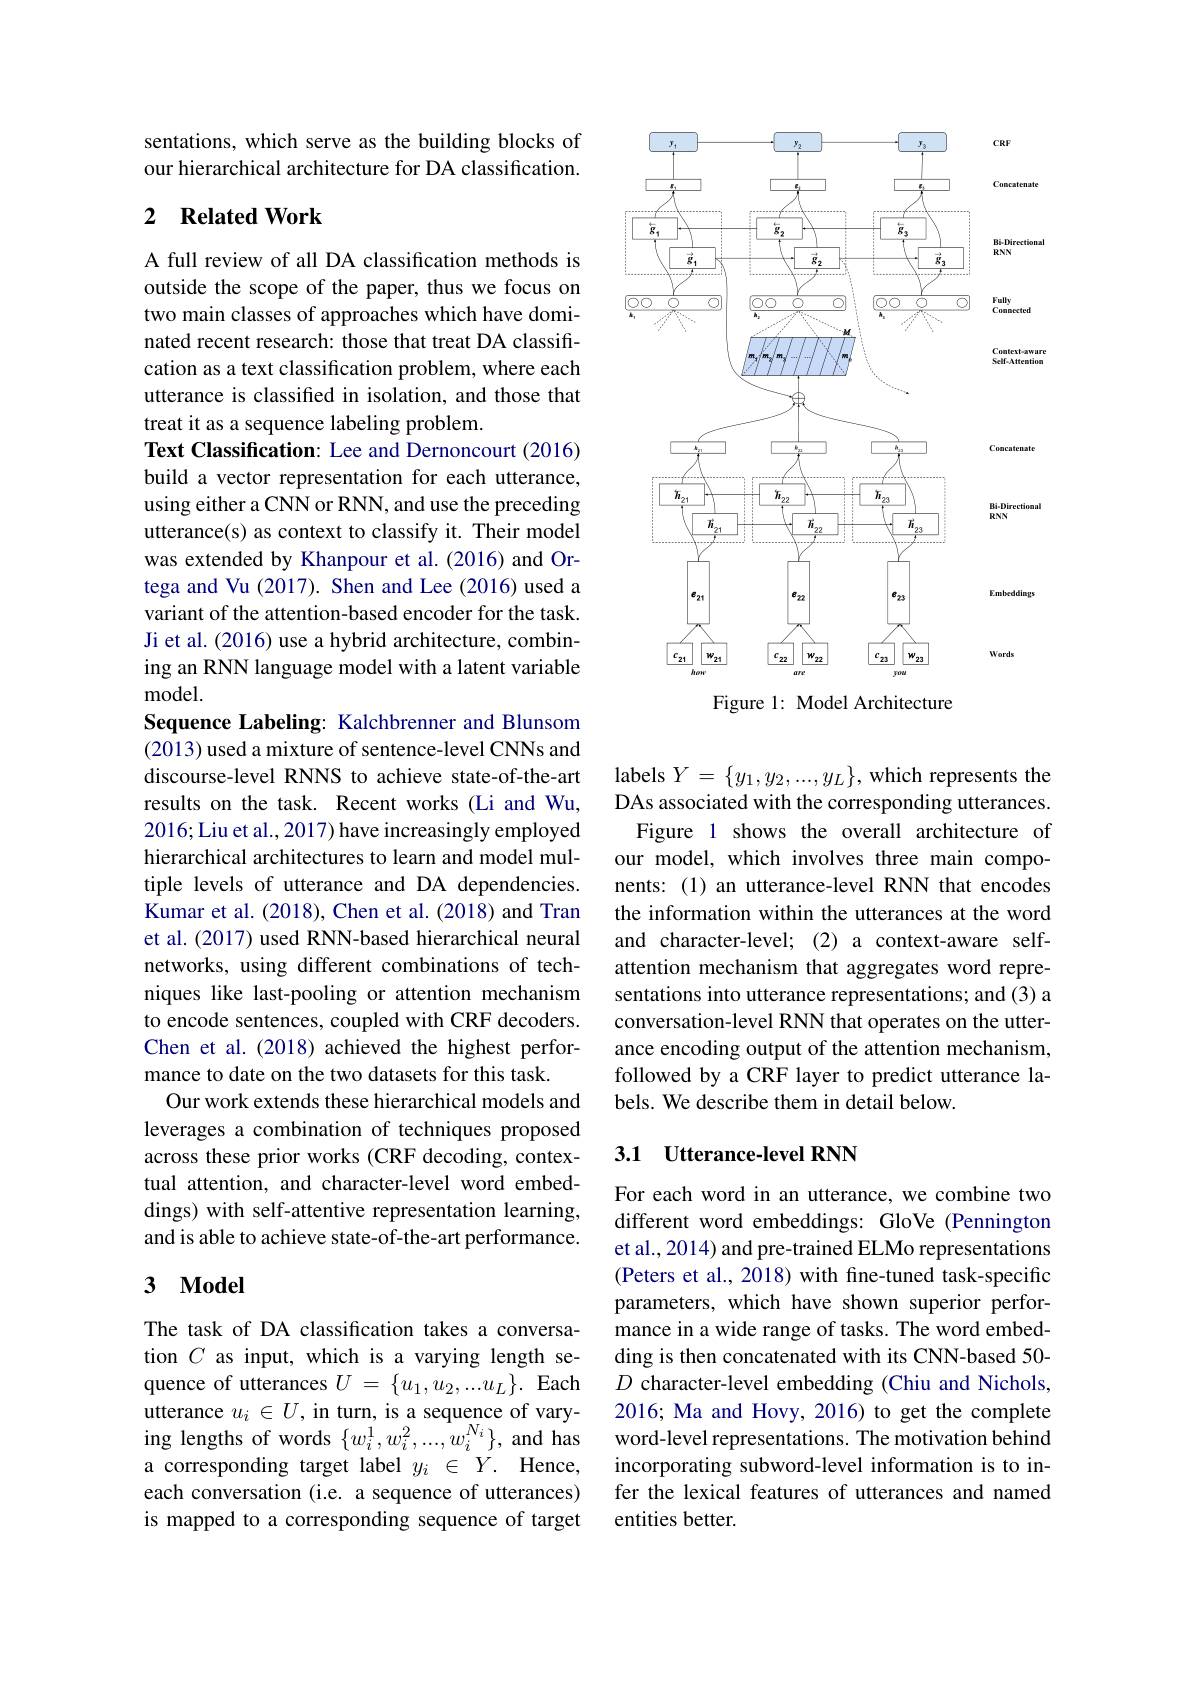
<FigureHere>
Figure 1: Model Architecture

sentations, which serve as the building blocks of our hierarchical architecture for DA classification.

# 2 Related Work

A full review of all DA classification methods is outside the scope of the paper, thus we focus on two main classes of approaches which have dominated recent research: those that treat DA classification as a text classification problem, where each utterance is classified in isolation, and those that treat it as a sequence labeling problem.
Text Classification: Lee and Dernoncourt (2016) build a vector representation for each utterance, using either a CNN or RNN, and use the preceding utterance(s) as context to classify it. Their model was extended by Khanpour et al.(2016) and Ortega and Vu (2017). Shen and Lee (2016) used a variant of the attention-based encoder for the task. Ji et al. (2016) use a hybrid architecture, combining an RNN language model with a latent variable ${\mathrm{model}}.$
Sequence Labeling: Kalchbrenner and Blunsom (2013) used a mixture of sentence-level CNNs and discourse-level RNNS to achieve state-of-the-art results on the task. Recent works (Li and Wu, 2016; Liu et al., 2017) have increasingly employed hierarchical architectures to learn and model multiple levels of utterance and DA dependencies. Kumar et al. (2018), Chen et al. (2018) and Tran et al. (2017) used RNN-based hierarchical neural networks, using different combinations of techniques like last-pooling or attention mechanism to encode sentences, coupled with CRF decoders. Chen et al. (2018) achieved the highest performance to date on the two datasets for this task.
Our work extends these hierarchical models and leverages a combination of techniques proposed across these prior works (CRF decoding, contextual attention, and character-level word embeddings) with self-attentive representation learning, and is able to achieve state-of-the-art performance.

## 3 $\mathbf{Model}$

The task of DA classification takes a conversation $C$ as input, which is a varying length sequence of utterances $U=\{u_1,u_2,...u_L\}.$ Each utterance $u_i\in U$, in turn, is a sequence of varying lengths of words $\{w_{i}^{1},w_{i}^{2},...,w_{i}^{N_{i}}\}$, and has
corresponding target label $y_{i}\in Y.$ Hence, each conversation (i.e. a sequence of utterances) is mapped to a corresponding sequence of target

labels $Y=\{y_1,y_2,...,y_L\}$, which represents the DAs associated with the corresponding utterances.
Figure 1 shows the overall architecture of our model, which involves three main components: (1) an utterance-level RNN that encodes the information within the utterances at the word and character-level; (2) a context-aware selfattention mechanism that aggregates word representations into utterance representations; and (3) a conversation-level RNN that operates on the utterance encoding output of the attention mechanism, followed by a CRF layer to predict utterance labels. We describe them in detail below.

## 3.1 Utterance-level RNN

For each word in an utterance, we combine two different word embeddings: GloVe (Pennington et al., 2014) and pre-trained ELMo representations (Peters et al., 2018) with fine-tuned task-specific parameters, which have shown superior performance in a wide range of tasks. The word embedding is then concatenated with its CNN-based 50- $D$ character-level embedding (Chiu and Nichols, 2016; Ma and Hovy, 2016) to get the complete word-level representations. The motivation behind incorporating subword-level information is to infer the lexical features of utterances and named entities better.